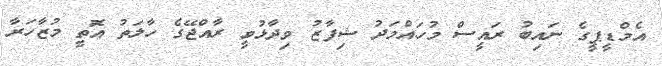
އެމްޑީޕީގެ ނައިބު ރައީސް މުހައްމަދު ޝިފާޒު ވިދާޅުވީ ރާއްޖޭގެ ހާލަތު އޮަތީ މުޒާހަރާ